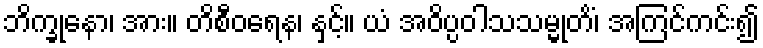
ဘိက္ခုနော၊ အား။ တိစီဝရေန၊ နှင့်။ ယံ အဝိပ္ပဝါသသမ္မုတိံ၊ အကြင်ကင်း၍